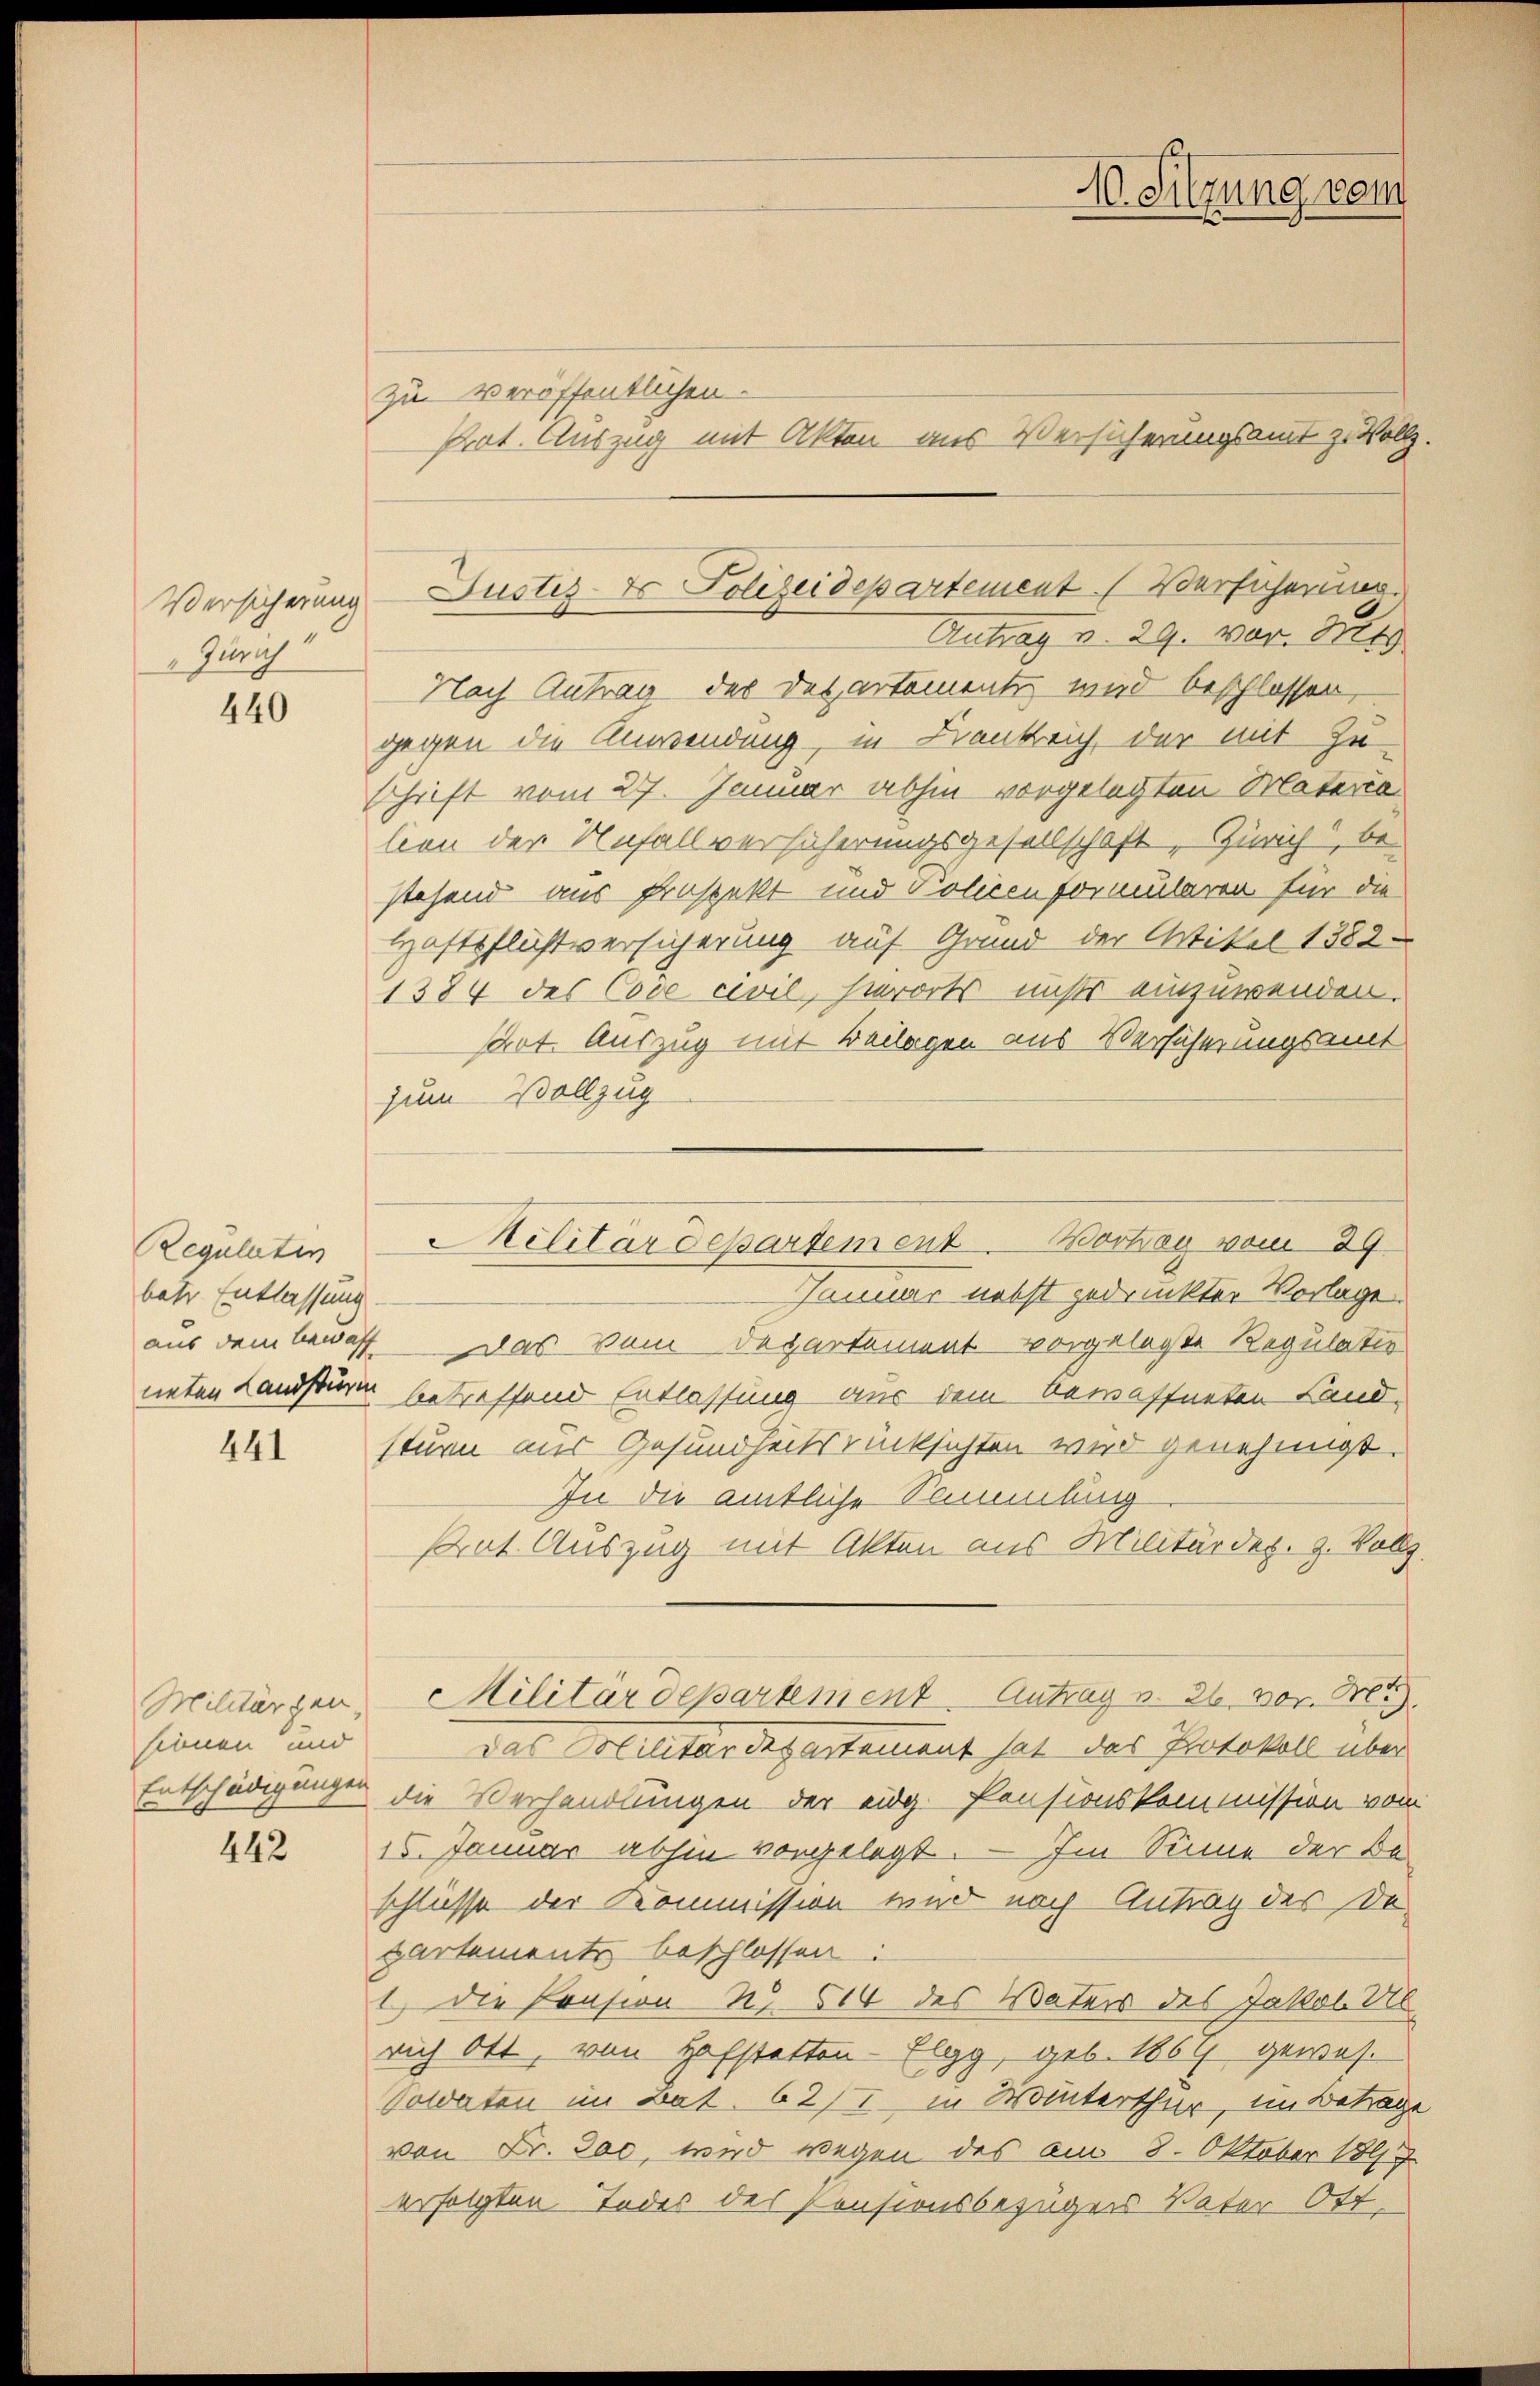
Versicherung
Zürich

440

Regulatin
batr Entlassung

441

Militärgen.
sinnen und
Entschädigungen

442

zu veröffentlichen.
Prat. Auszug mit Akten aus Versicherungsamt zu Vollz
Antrag d. 29. vor. Bet
Nach Antrag des Departements wird beschlossen,
gegen die Anwendung, in Krankreich, der mit Zu-
Schrift vom 27. Januar abhin vorgelegten Materia
lon der Unfallversicherungsgesellschaft, Zürich, be-
stehend aus Prospekt und Policen formularen für die
Haftpflichtversicherung auf Grund der Artikel 1382.
1384 des Code civil, hierorts nichts einzuwenden.
sart. Auszug mit Beilagen aus Versicherungsamt
zum Vollzug
Januar nebst gedruckter Vorlage
aus dem bewaff das dem Departement vorgelegte Regulatio
neten Landsturm betreffend Entlassung aus dem bewaffneten Land-
sturm aus Gesundheitsrücksichten wird genehmigt.
In die amtliche Sammlung
srat Auszug mit Akten aus Militärdep. 9. Vollz
Militärdepartement Antrag v. 26. vor. M
Das Militärdepartament hat des Protokoll über
die Verhandlungen der eidg. Pensionskommission vom
15. Januar abhin vorgelegt. — Im Sinne der Beschlüsse der Kommission wird nach Antrag der Departements beschlossen:
1.) Die Pension No 614 des Vaters des Jakob Ulrich Ott, von Hofstatten-Elgg, geb. 1864 gewes
Soldaten im Bat. 62/I, in Winterthur, im Betrag
von Fr. Jac, wird wegen des am 8. Oktober 189
erfolgten Todes des Pensionsbezuges Vater Off

Justiz- & Polizeidepartement (Versicherung.

Militärdepartement Wortrag vom 29.

10. Sitzung vom